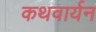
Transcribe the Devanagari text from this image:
कथवार्यन